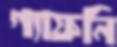
গ্যাফনি